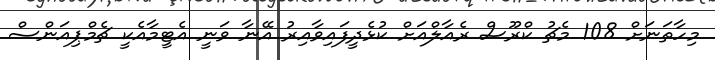
މިހާތަނަށް 108 މެޗު ކްރޫސް ރެއާލްއަށް ކުޅެދީފައިވާއިރު އޭނާ ވަނީ އެޓީމާއެކީ ޗެމްޕިއަންސް